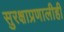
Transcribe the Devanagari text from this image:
सुरक्षाप्रणालीही